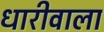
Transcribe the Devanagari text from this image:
धारीवाला